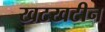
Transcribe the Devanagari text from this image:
खटखटीन